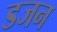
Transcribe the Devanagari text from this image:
डजन